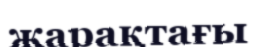
жарақтағы